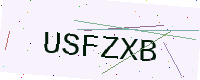
Text: USFZXB